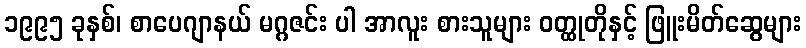
၁၉၉၅ ခုနှစ်၊ စာပေဂျာနယ် မဂ္ဂဇင်း ပါ အာလူး စားသူများ ဝတ္ထုတိုနှင့် ဖြူးမိတ်ဆွေများ